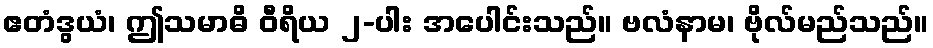
ဧတံဒွယံ၊ ဤသမာဓိ ဝီရိယ ၂-ပါး အပေါင်းသည်။ ဗလံနာမ၊ ဗိုလ်မည်သည်။